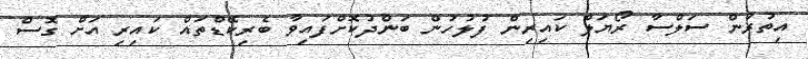
އިތުރުން ސަލްސާ ރޯޔަލް ކައިރިން ފުލުހުން ބަންދުކޮށްފައިވާ ބެރިކޭޑްތައް ކައިރި އަށް ގޮސް